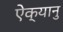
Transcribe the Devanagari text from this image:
ऐक्यानु